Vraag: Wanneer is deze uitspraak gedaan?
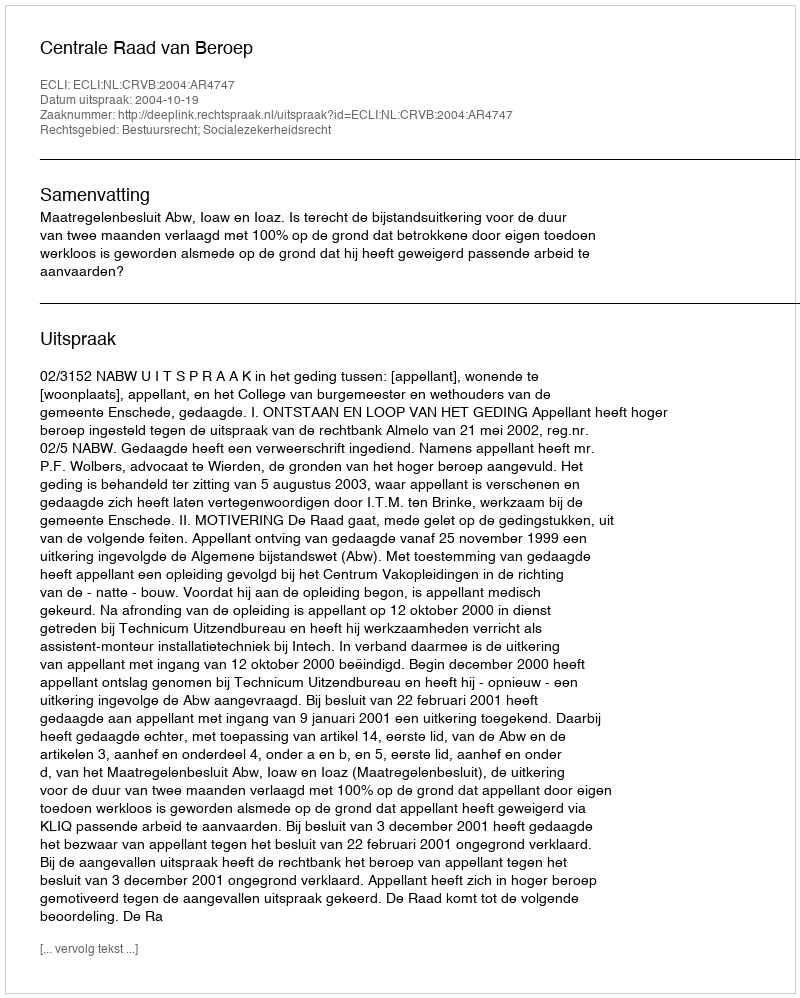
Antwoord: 2004-10-19